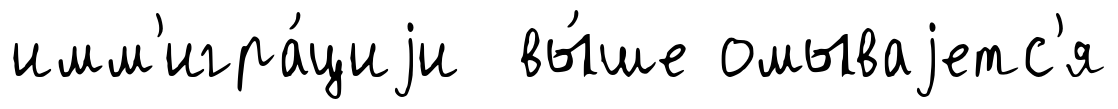
имм'игра́циjи вы́ше омываjетс'я